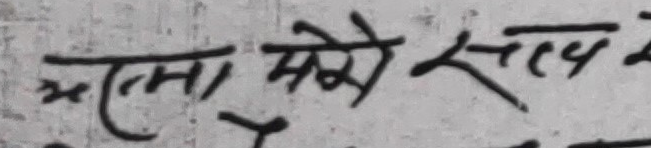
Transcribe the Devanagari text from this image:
मना मेरो साथ